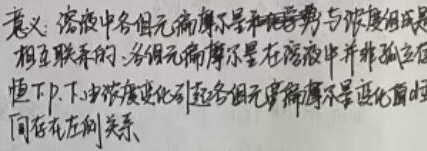
意义：溶液中各组元偏摩尔量和化学势与浓度组成是相互联系的。各组元偏摩尔量在溶液中并非孤立存在，恒\(T\)、\(P\)下，由浓度变化引起各组元偏摩尔量变化值之间存在制约关系。